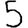
Digit: 5